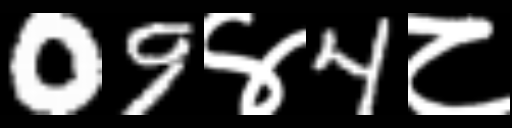
Text: 09४4८